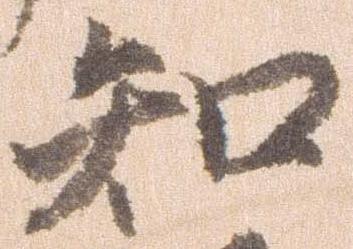
知